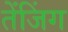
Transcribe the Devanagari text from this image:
तेंजिंग